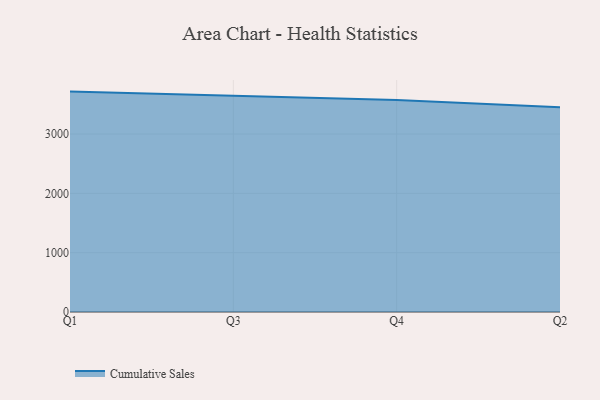
{"axis": {"x": "Quarter", "y": "Satisfaction Score"}, "legend": ["Cumulative Sales"], "data": [{"x": "Q1", "y": 3715.2, "type": "Cumulative Sales"}, {"x": "Q3", "y": 3645.4, "type": "Cumulative Sales"}, {"x": "Q4", "y": 3571.8, "type": "Cumulative Sales"}, {"x": "Q2", "y": 3449.7, "type": "Cumulative Sales"}]}